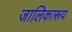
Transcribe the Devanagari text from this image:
जालिकारूप